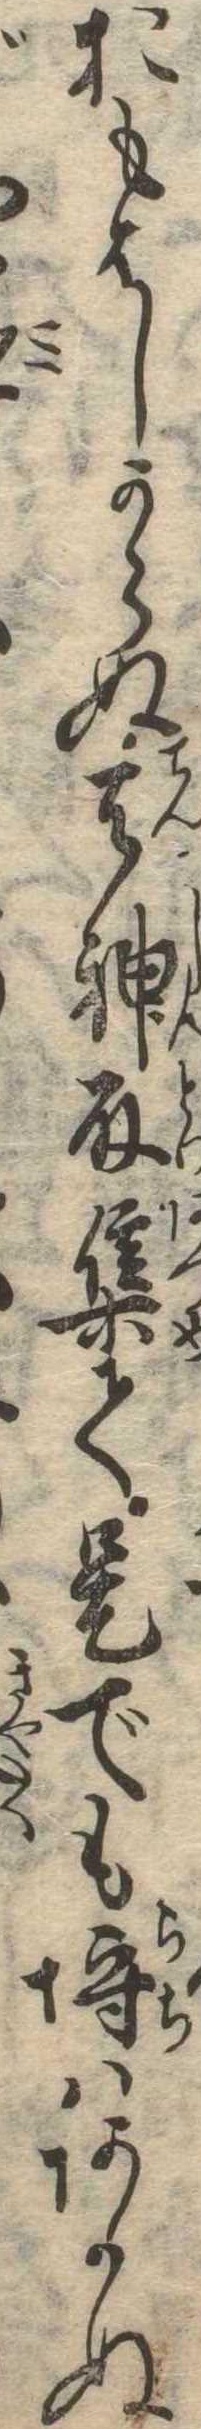
おもはしからぬ天神取集て是でも埒はあかぬ